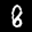
Label: 8